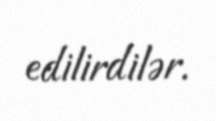
edilirdilər.